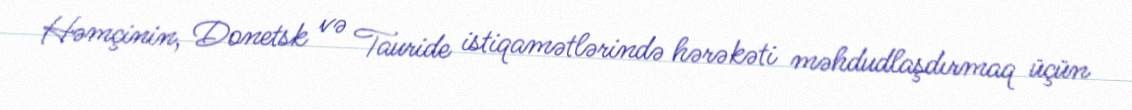
Həmçinin, Donetsk və Tauride istiqamətlərində hərəkəti məhdudlaşdırmaq üçün